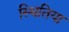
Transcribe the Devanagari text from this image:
स्थितिया